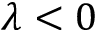
\lambda < 0